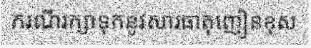
ករណីរក្សាទុកនូវសារធាតុញៀនខុស